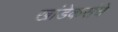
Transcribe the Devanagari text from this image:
खांडेकरांचे